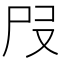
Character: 𡰻